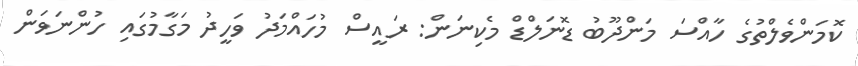
ކޮމަންވެލްތުގެ ހާއްސަ މަންދޫބު ޑޮނަލްޑް މެކިނަން: ރައީސް މުހައްމަދު ވަހީދު މަގާމުގައި ހުންނަވަން